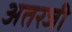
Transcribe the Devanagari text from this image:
अतरजी